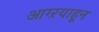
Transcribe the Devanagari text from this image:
आग्ऱयाहून